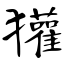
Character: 獾